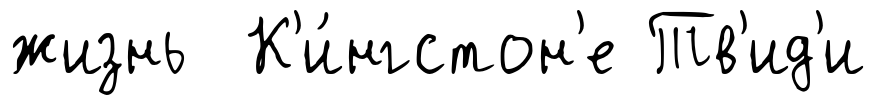
жизнь К'и́нгстон'е Тв'ид'и